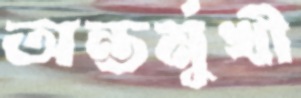
অন্তর্মুখী